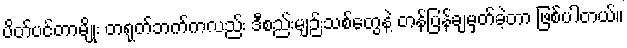
ပိတ်ပင်တာမျိုး တရုတ်ဘက်ကလည်း ဒီစည်းမျဉ်းသစ်တွေနဲ့ တန်ပြန်ချမှတ်ခဲ့တာ ဖြစ်ပါတယ်။